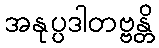
အနုပ္ပဒါတဗ္ဗန္တိ